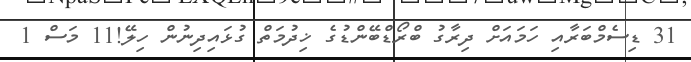
31 ޑިސެމްބަރާއި ހަމައަށް ދިރާގު ބްރޯޑްބޭންޑުގެ ޚިދުމަތް ގުޅައިދިނުން ހިލޭ!11 މަސް 1